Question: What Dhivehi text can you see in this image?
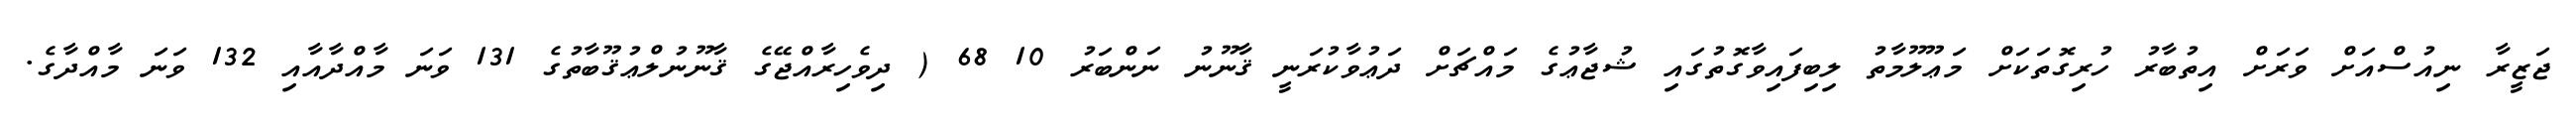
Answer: ޖަޒީރާ ނިއުސްއަށް ވަރަށް އިތުބާރު ހުރިގޮތަކަށް މަޢޫލޫމާތު ލިބިފައިވާގޮތުގައި ޝުޖާޢުގެ މައްޗަށް ދަޢުވާކުރަނީ ޤާނޫނު ނަންބަރު 10 68 ( ދިވެހިރާއްޖޭގެ ޤާނޫނުލްޢުޤޫބާތުގެ 131 ވަނަ މާއްދާއާއި 132 ވަނަ މާއްދާގެ.